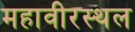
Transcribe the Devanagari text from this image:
महावीरस्थल